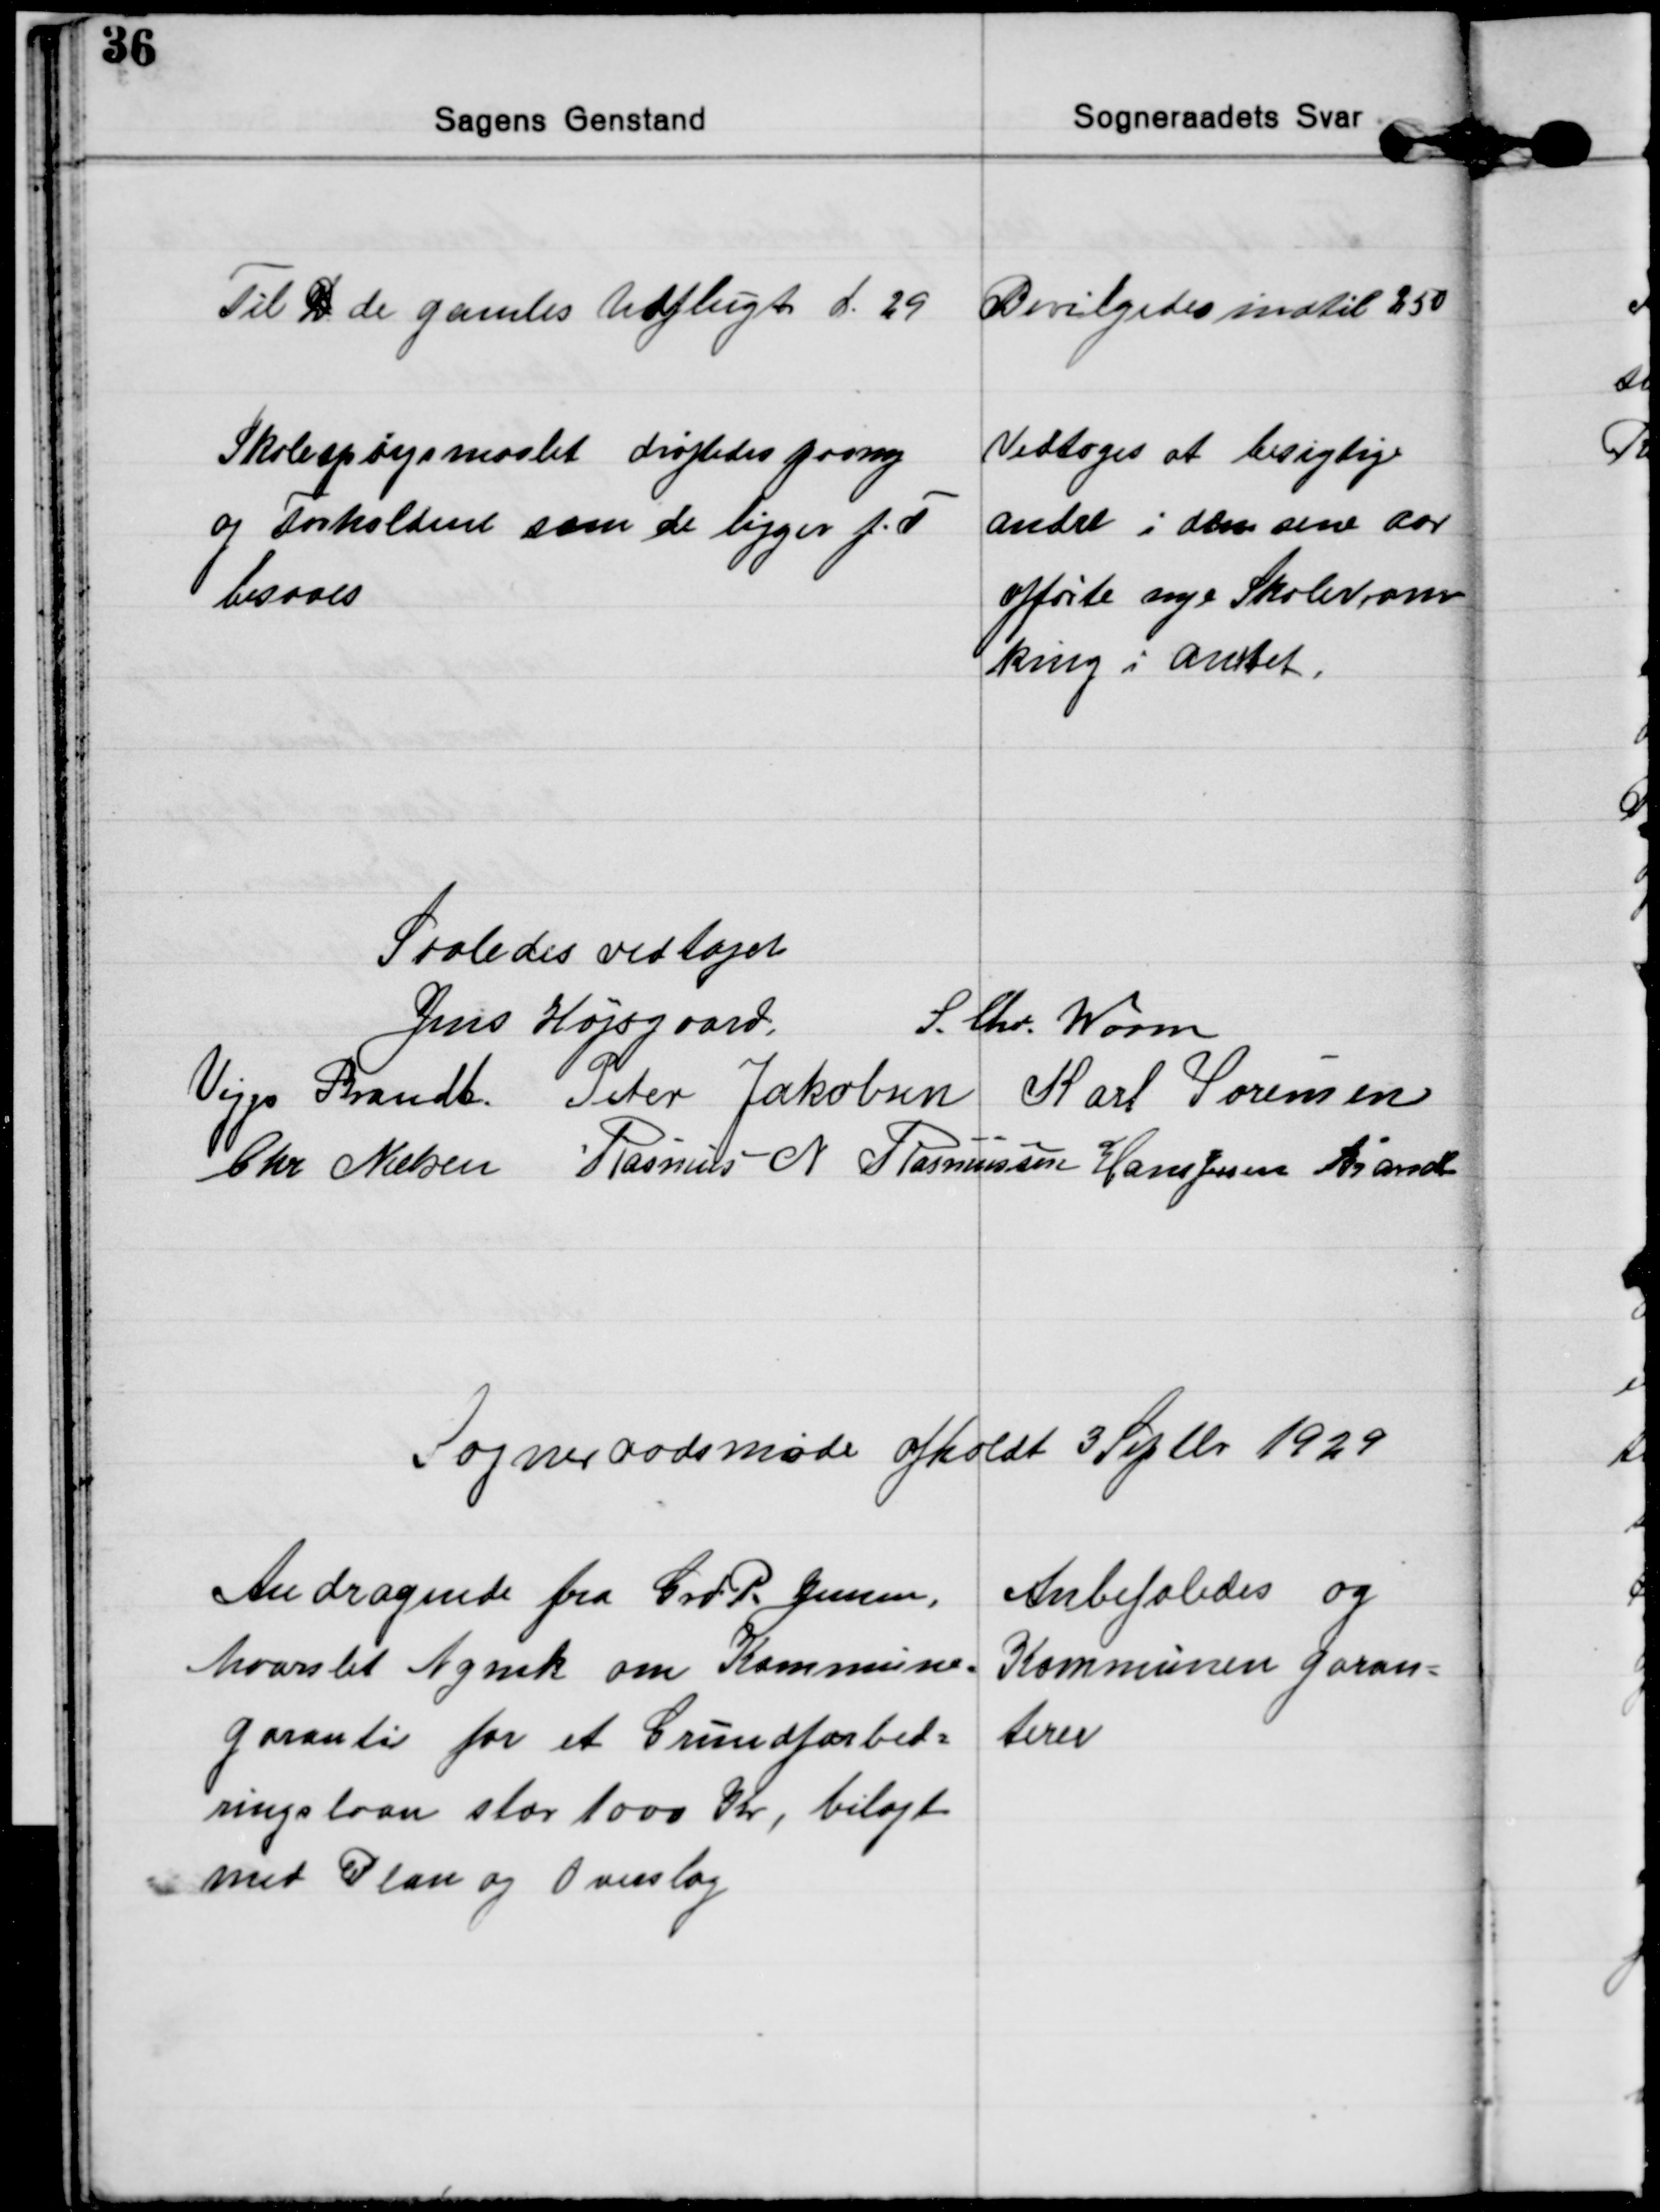
Transskription:
Til D de gamles Udflugt d. 29
Bevilgedes indtil 250

Skolespørgsmaalet drøftedes paany
og Forholdene som de ligger f. T.
besaaes
Vedtoges at besigtige
andre i den sene aar
opførte nye Skoler om-
kring i Amtet.

Saaledes vedtaget
Jens Højsgaard S. Chr. Worm
Viggo Brandt Peter Jakobsen Karl Sørensen
Chr Nielsen Rasmus N. Rasmussen Hans Jessen Brandt

Sogneraadsmøde afholdt 3 Septbr. 1929

Andragende fra Grd. P. Jensen,
Maarslet Nymk. om Kommune=
garanti for et Grundforbed=
ringslaan stor 1000 Kr, bilagt
med Plan og Overslag
Anbefaledes og
Kommunen Garan=
terer